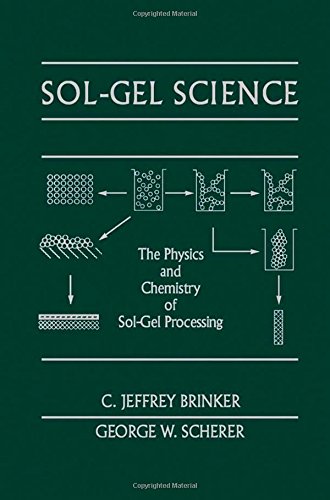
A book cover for Sol-Gel Science: The Physics and Chemistry of Sol-Gel Processing; C. Jeffrey Brinker; Science & Math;